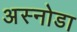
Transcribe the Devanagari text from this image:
अस्नोडा